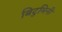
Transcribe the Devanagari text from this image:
बिटुमिनी